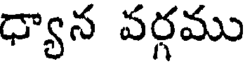
ధ్యాన వర్గము